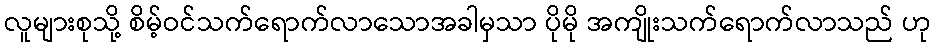
လူများစုသို့ စိမ့်ဝင်သက်ရောက်လာသောအခါမှသာ ပိုမို အကျိုးသက်ရောက်လာသည် ဟု